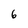
Character: 6